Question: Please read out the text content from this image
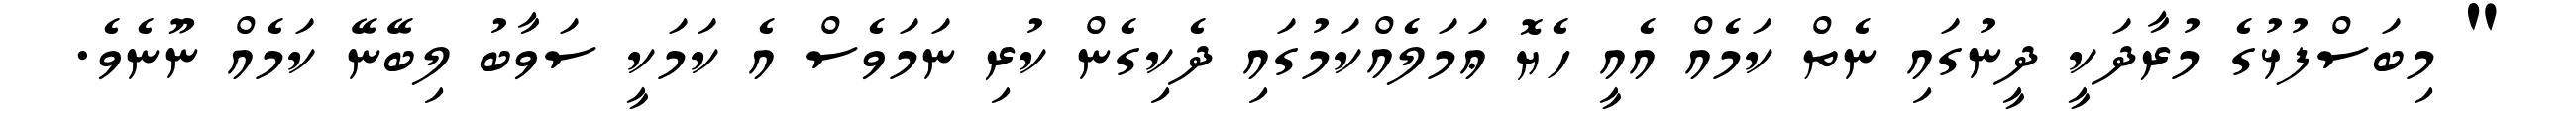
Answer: " މިބަސްފުޅުގެ މުރާދަކީ ދީނުގައި ނެތް ކަމެއް އެއީ ހެޔޮ ޢަމަލެއްކަމުގައި ދެކިގެން ކުރި ނަމަވެސް އެ ކަމަކީ ސަވާބު ލިބޭނޭ ކަމެއް ނޫނެވެ.